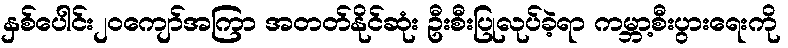
နှစ်ပေါင်း၂၀ကျော်အကြာ အတတ်နိုင်ဆုံး ဦးစီးပြုလုပ်ခဲ့ရာ ကမ္ဘာ့စီးပွားရေးကို